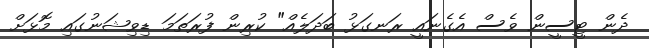
ދެން ޓީސީން ވެސް އެގެނައީ ރަނގަޅު ބަދަލެއް" ކުރިން ފުރަތަމަ ޑިވިޝަނުގައި މޮޅަށް